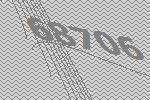
68706